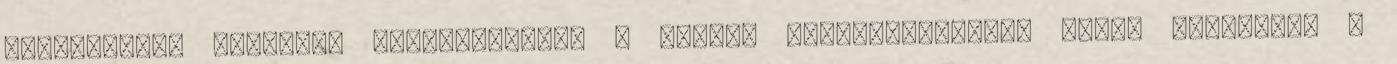
vállalkozás írásbeli nyilatkozatát a panasz elutasításáról, ennek hiányában a